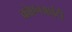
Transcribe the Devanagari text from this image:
कोएनआईटी